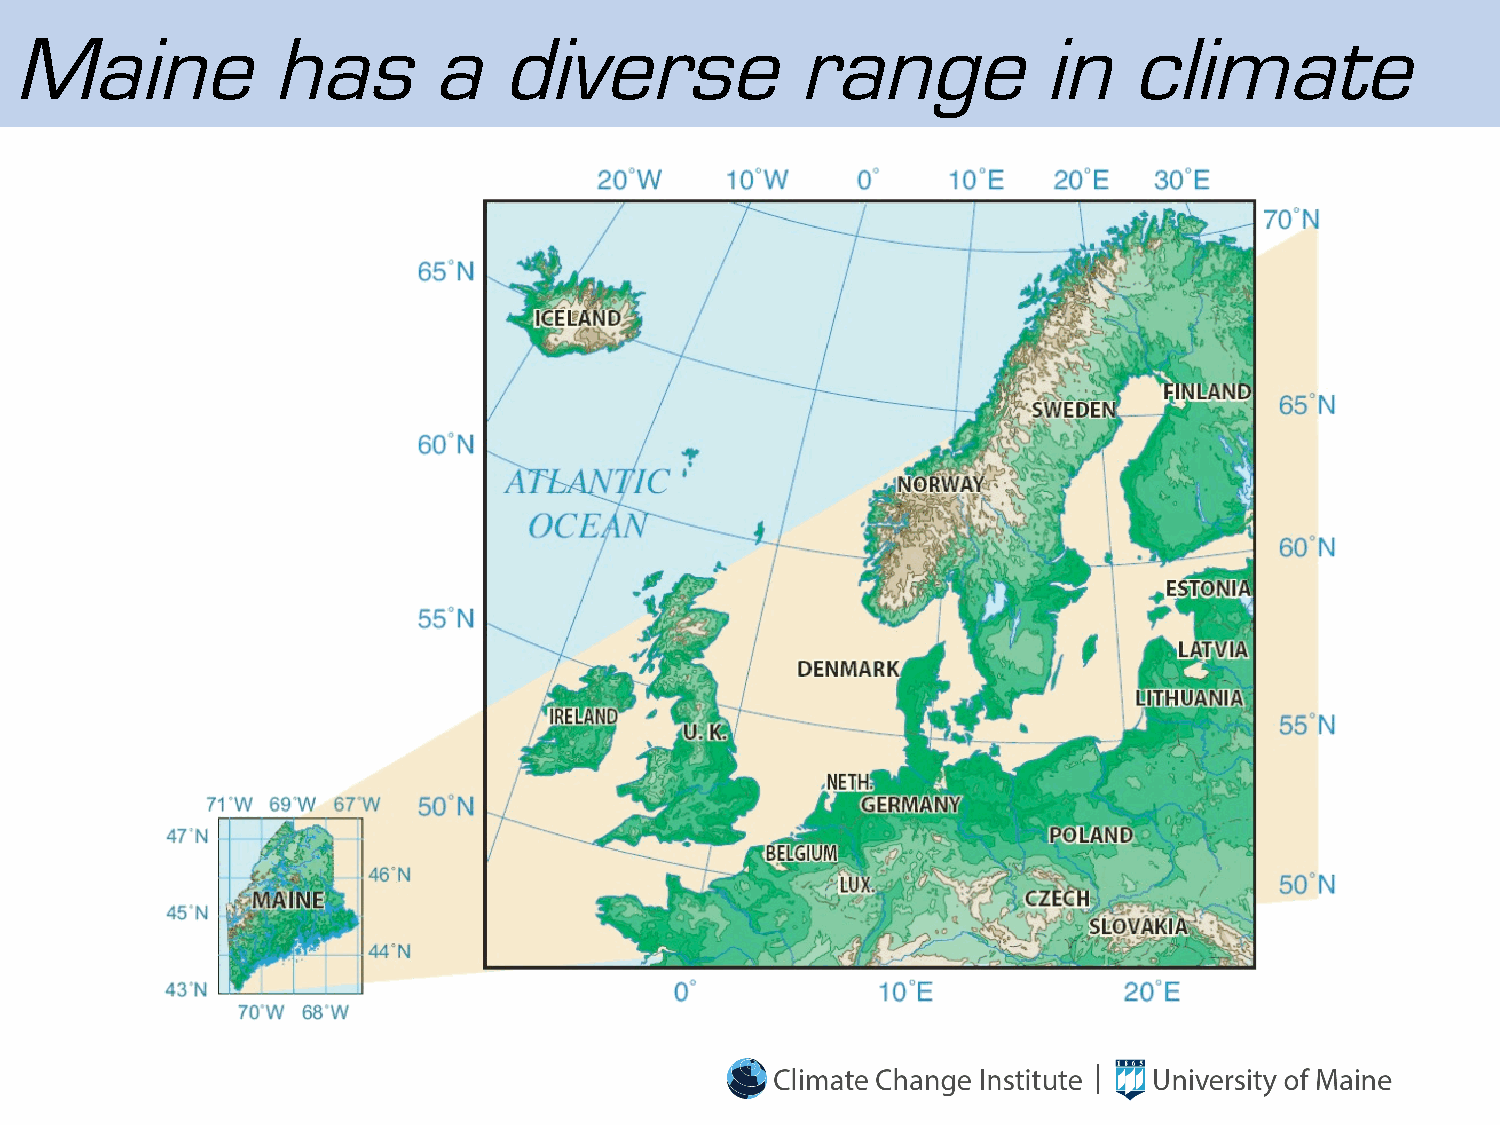
Maine            has       a    diverse             range           in    climate